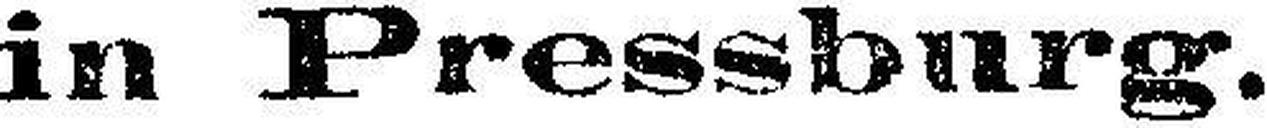
in Pressburg.